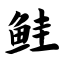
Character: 鲑